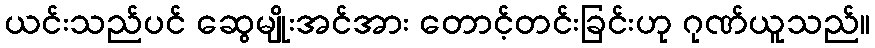
ယင်းသည်ပင် ဆွေမျိုးအင်အား တောင့်တင်းခြင်းဟု ဂုဏ်ယူသည်။